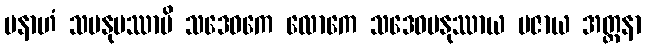
ပနာဟံ သမနုပဿာမိ သဒေဝကေ လောကေ သဒေဝမနုဿာယ ပဇာယ အတ္တနာ